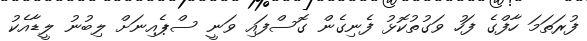
ފުރަތަމަ ހާފްގެ ފަހު ވަގުތުކޮޅު ފެނިގެން ގޮސްފައި ވަނީ ސްޕެއިނަށް ލިބުނު ލީޑާއެކު